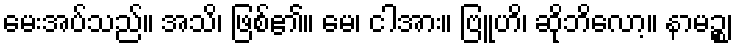
မေးအပ်သည်။ အသိ၊ ဖြစ်၏။ မေ၊ ငါအား။ ဗြူဟိ၊ ဆိုဘိလော့။ နာမဉ္စ၊